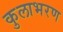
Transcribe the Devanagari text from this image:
कुलाभरण